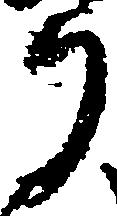
う